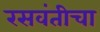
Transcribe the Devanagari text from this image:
रसवंतीचा